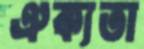
ঐক্যতা